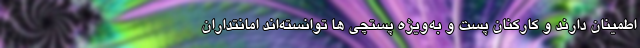
اطمینان دارند و کارکنان پست و به‌ویژه پستچی ها توانسته‌اند امانتداران